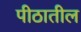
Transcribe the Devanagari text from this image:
पीठातील